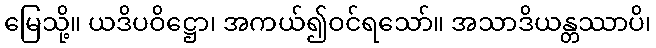
မြေသို့။ ယဒိပဝိဋ္ဌော၊ အကယ်၍ဝင်ရသော်။ အသာဒိယန္တဿာပိ၊